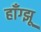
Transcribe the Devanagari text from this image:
हाँग्झू